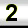
Digit: 2